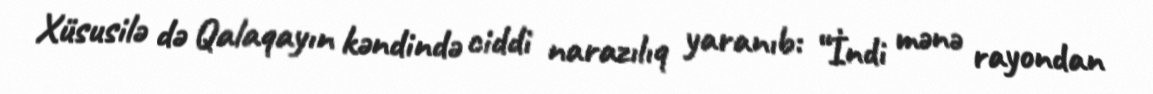
Xüsusilə də Qalaqayın kəndində ciddi narazılıq yaranıb: “İndi mənə rayondan